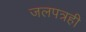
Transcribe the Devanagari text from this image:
जलपत्रही